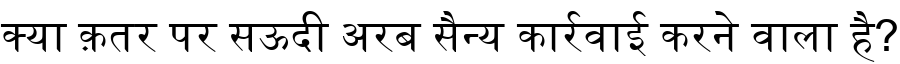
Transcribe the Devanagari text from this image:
क्या क़तर पर सऊदी अरब सैन्य कार्रवाई करने वाला है?